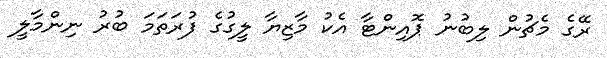
ރޭގެ މެޗުން ލިބުނު ޕޮއިންޓާ އެކު މާޒިޔާ ލީގުގެ ފުރަތަމަ ބުރު ނިންމާލީ